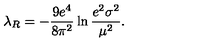
\lambda _ { R } = - \frac { 9 e ^ { 4 } } { 8 \pi ^ { 2 } } \ln \frac { e ^ { 2 } \sigma ^ { 2 } } { \mu ^ { 2 } } .